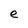
Character: e